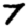
Digit: 7